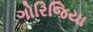
ગોરિજિયા